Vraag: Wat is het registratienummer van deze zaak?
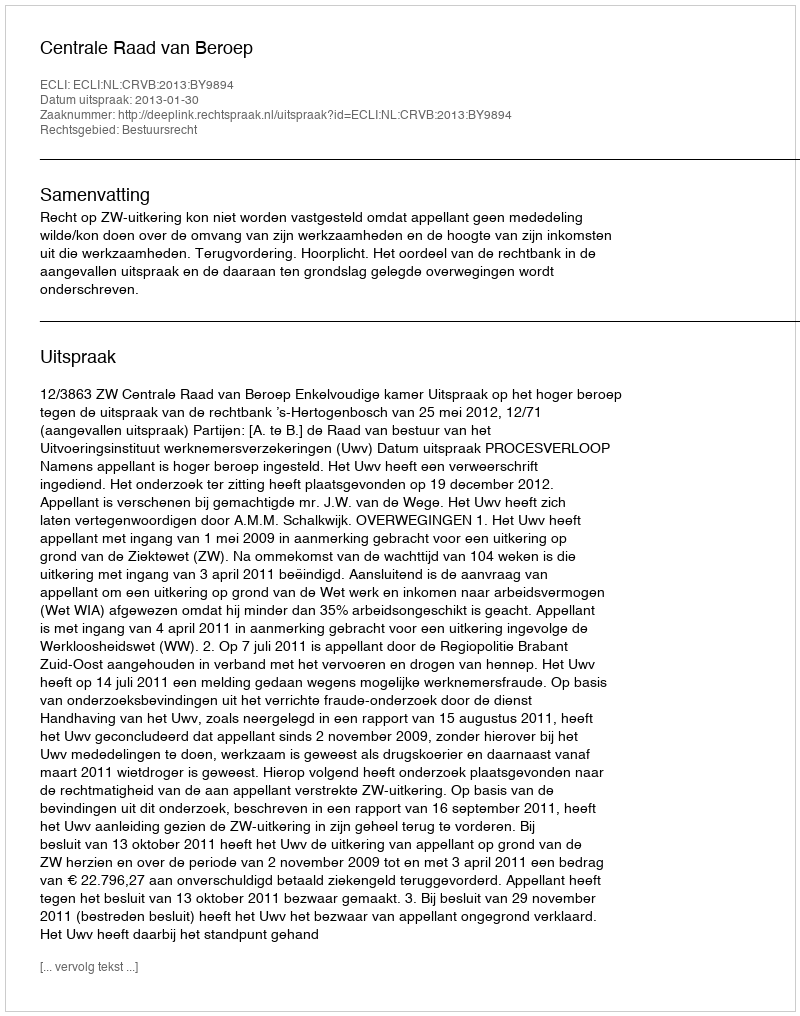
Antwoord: http://deeplink.rechtspraak.nl/uitspraak?id=ECLI:NL:CRVB:2013:BY9894